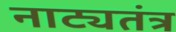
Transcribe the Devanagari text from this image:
नाट्यतंत्र